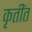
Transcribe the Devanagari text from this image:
कृतींत